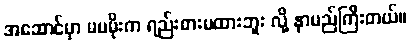
အဆောင်မှာ မမမိုးက ရည်းစားမထားဘူး လို့ နာမည်ကြီးတယ်။